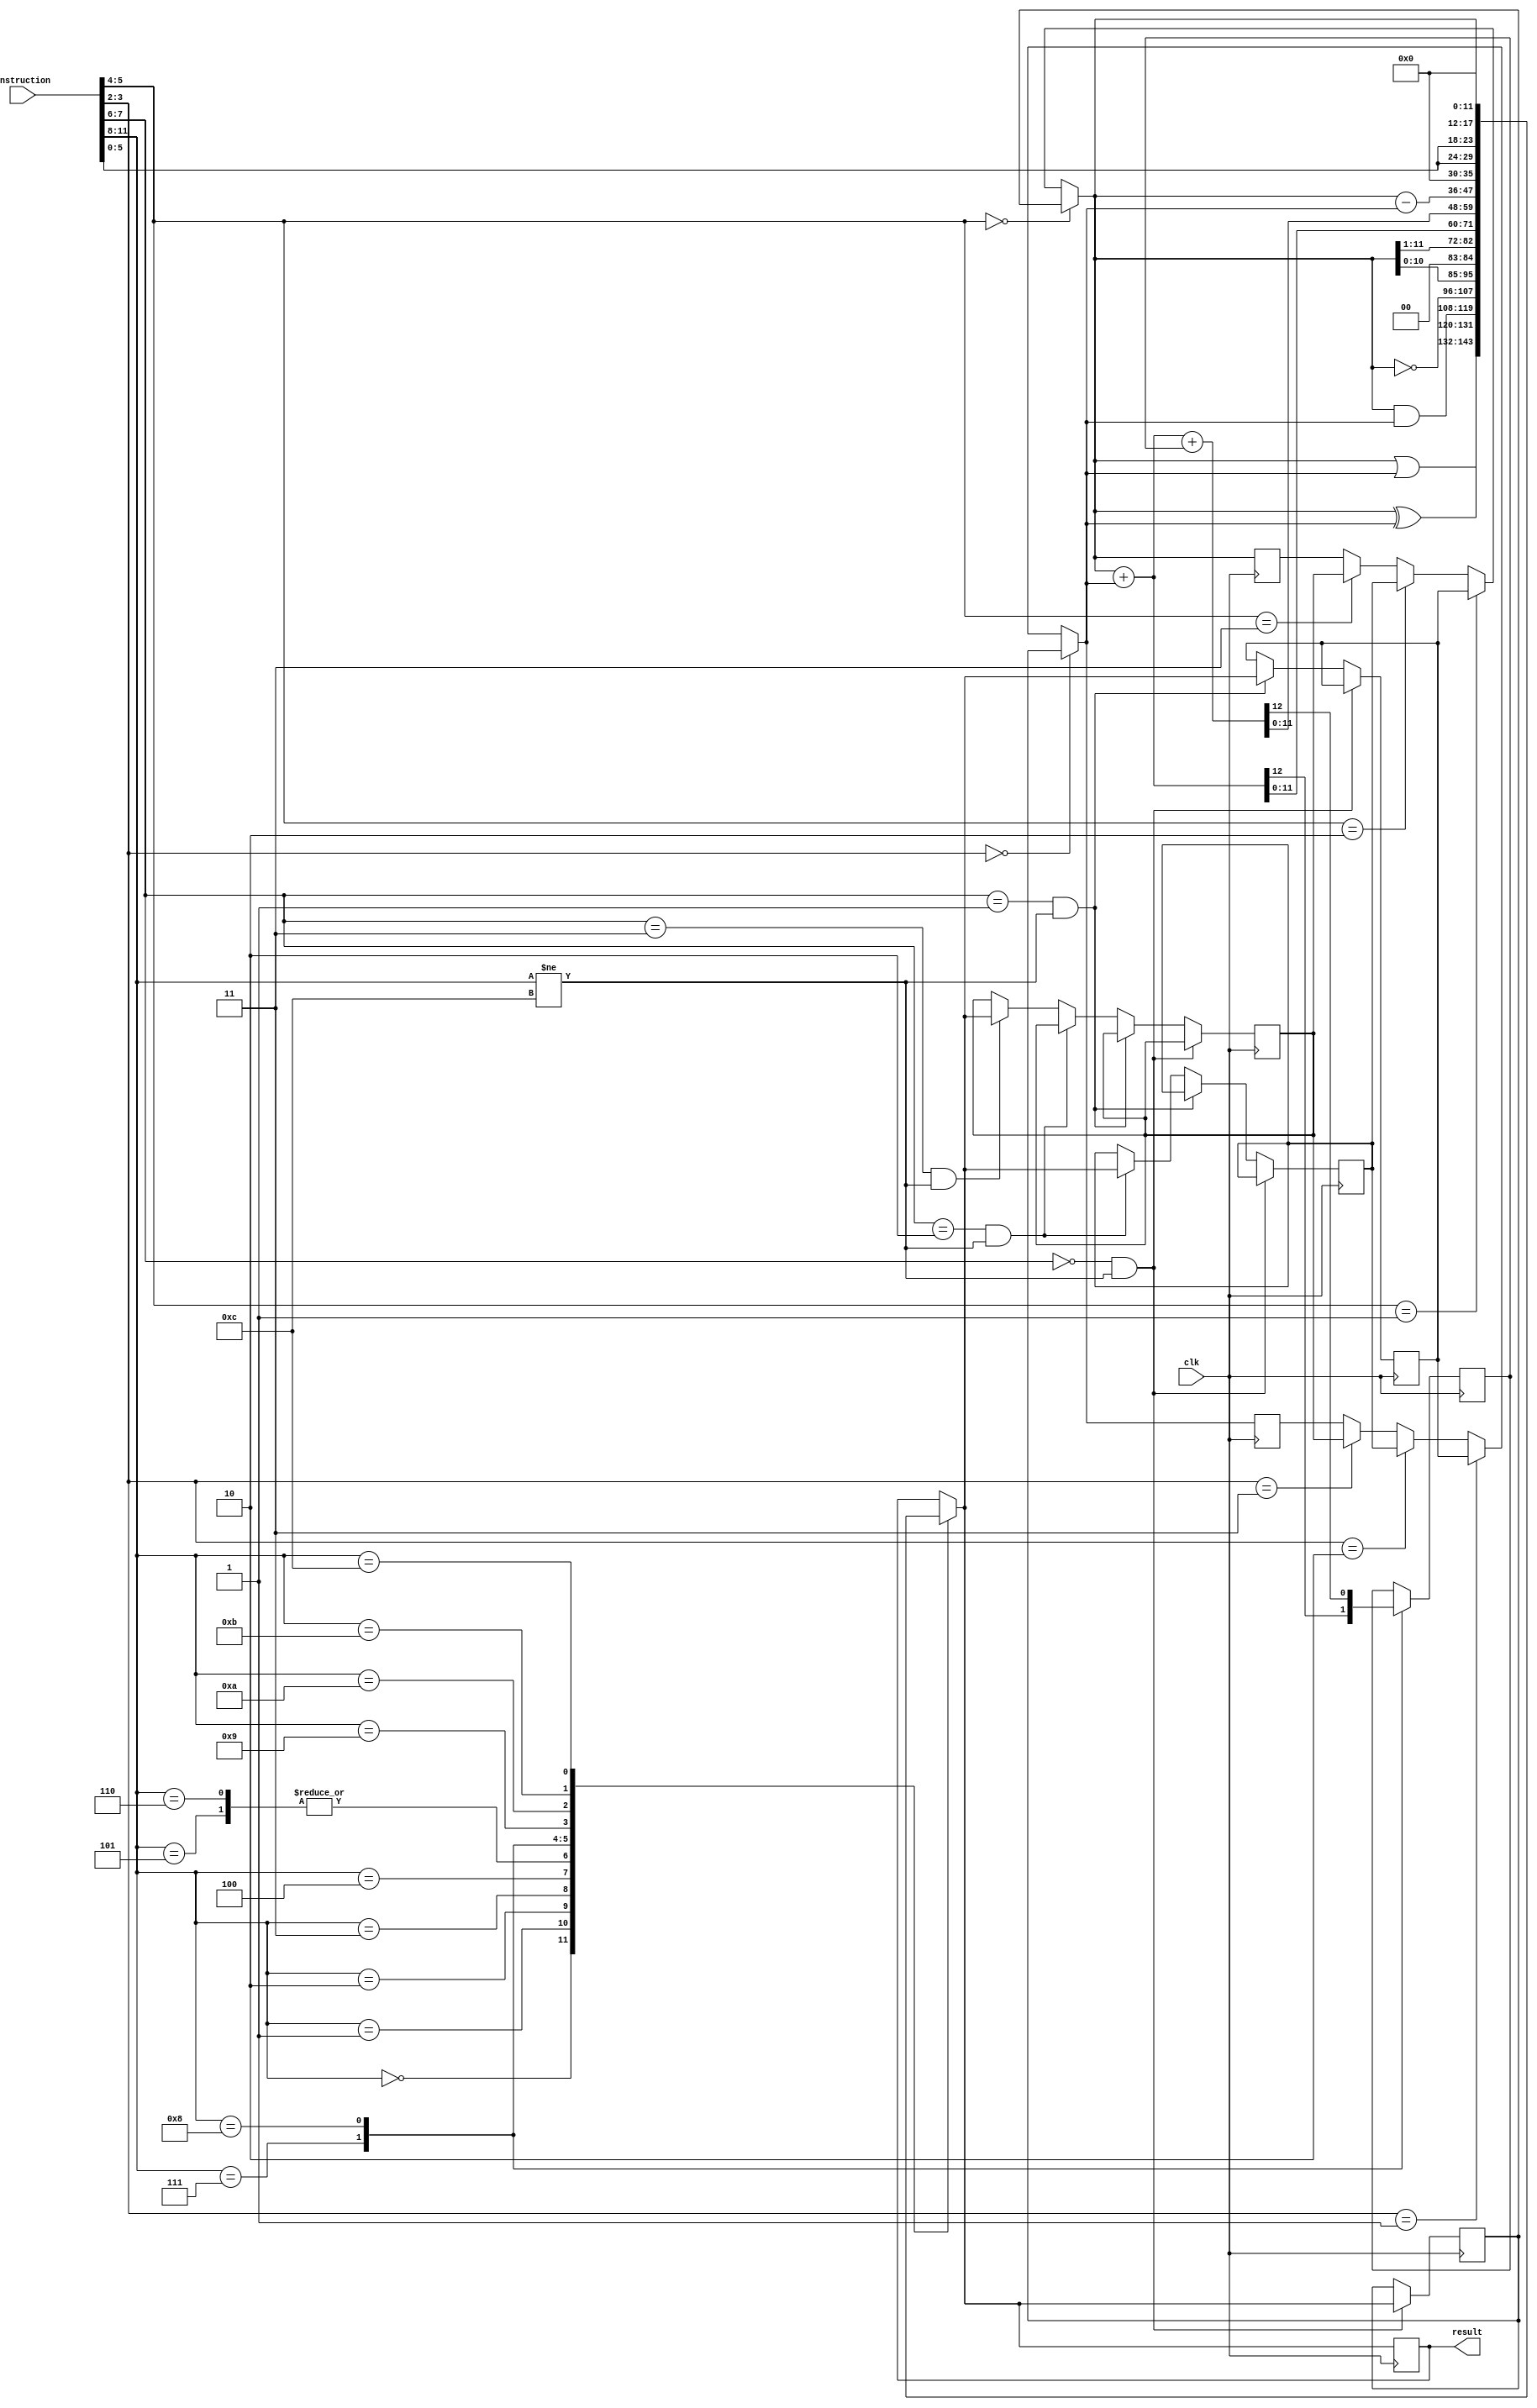
module alu(
    input clk,
    input[instruction_size-1:0] instruction,
    output[data_size-1:0] result
    );
    parameter instruction_size = 12;
    parameter data_size = 12;
    reg carry;
    reg [data_size-1:0] R0, R1, R2, R3, A, B, temp_res;
   
    initial R0 = 12'b000000000000;
    initial R1 = 12'b000000000000;
    initial R2 = 12'b000000000000;
    initial R3 = 12'b000000000000;
    initial A = 12'b000000000000;
    initial B = 12'b000000000000;
    initial temp_res = 12'b000000000000;
    assign result = temp_res;
    always@(posedge clk) begin
    
/*Assign register based on the source and destination adddresses*/
    //Assign A - cannot use "assign" to copy one reg to another
if(instruction[5:4] == 2'b00) begin
     A = R0;
    end
    else if (instruction[5:4] == 2'b01) begin
     A = R1;
    end
    else if (instruction[5:4] == 2'b10) begin
     A = R2;
    end
    else if (instruction[5:4] == 2'b11) begin
     A = R3;
    end
    
    //Assign B
if(instruction[3:2] == 2'b00) begin
     B = R0;
    end
    else if (instruction[3:2] == 2'b01) begin
     B = R1;
    end
    else if (instruction[3:2] == 2'b10) begin
     B = R2;
    end
    else if (instruction[3:2] == 2'b11) begin
     B = R3;
    end 
       

$display("Before case");
case(instruction[11:8])

            4'b0000:
                temp_res = A | B;
            4'b0001:
                temp_res = A ^ B;
            4'b0010:
                temp_res = A & B;
            4'b0011:
                temp_res = ~A;
            4'b0100:
                temp_res = A << 1;
            4'b0101:
                temp_res = A >> 1;
            4'b0110:
                temp_res = A >>> 1;
            4'b0111:
                {carry,temp_res} = A + B;
            4'b1000:
                {carry,temp_res} = A + B + carry;
            4'b1001:
                temp_res = A - B;
            4'b1010:
                {temp_res[11:6],temp_res[5:0]} = {6'b000000,instruction[5:0]};
            4'b1011:
                {temp_res[11:6],temp_res[5:0]} = {instruction[5:0],6'b000000};
            4'b1100:
                temp_res = A;
          /*4'b1101:
                temp_res = A & B;*/
        endcase 

    //Assign to destination address
    if((instruction[7:6] == 2'b00) && (instruction[11:8] != 4'b1100)) begin
     R0 = temp_res;
    end
    else if ((instruction[7:6] == 2'b01) && (instruction[11:8] != 4'b1100)) begin
     R1 = temp_res;
    end
    else if ((instruction[7:6] == 2'b10) && (instruction[11:8] != 4'b1100)) begin
     R2 = temp_res;
    end
    else if ((instruction[7:6] == 2'b11) && (instruction[11:8] != 4'b1100)) begin
    R3 = temp_res;
    end 
    end
endmodule